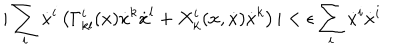
| \sum _ { i } \dot { x } ^ { i } \left( \Gamma _ { k l } ^ { i } ( x ) \dot { x } ^ { k } \dot { x } ^ { l } + X _ { k } ^ { i } ( x , \dot { x } ) \dot { x } ^ { k } \right) | < \epsilon \sum _ { i } \dot { x } ^ { i } \dot { x } ^ { i }